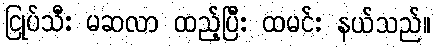
ငြုပ်သီး မဆလာ ထည့်ပြီး ထမင်း နယ်သည်။